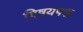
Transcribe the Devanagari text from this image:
विषयपक्ष